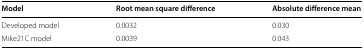
| Model | Root mean square difference | Absolute difference mean |
 | --- | --- | --- |
 | Developed model | 0.0032 | 0.030 |
 | Mike21C model | 0.0039 | 0.043 |